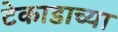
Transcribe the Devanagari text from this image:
टेकाडाच्या